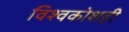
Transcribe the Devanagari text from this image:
विश्वकोशही